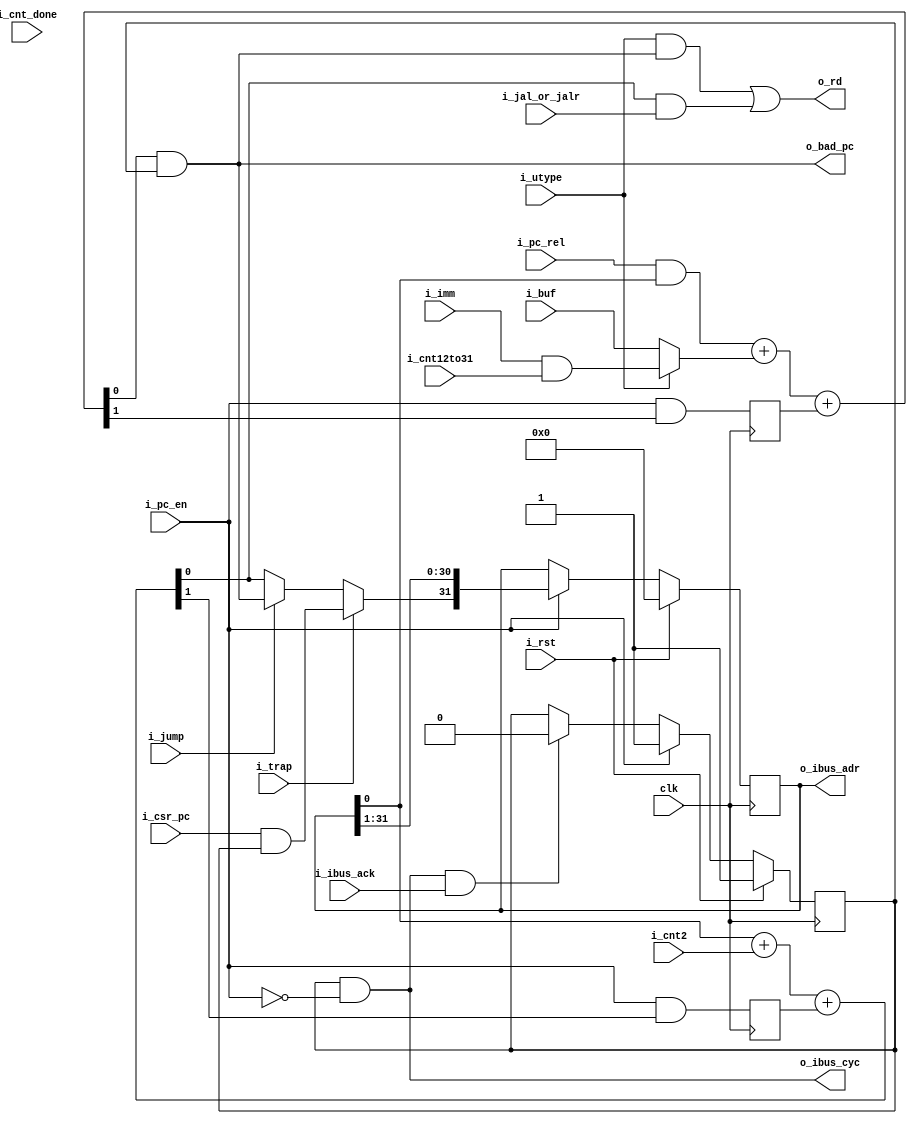
`default_nettype none
module serv_ctrl
  (
   input wire 	      clk,
   input wire 	      i_rst,
   //State
   input wire 	      i_pc_en,
   input wire 	      i_cnt12to31,
   input wire 	      i_cnt2,
   input wire 	      i_cnt_done,
   //Control
   input wire 	      i_jump,
   input wire 	      i_jal_or_jalr,
   input wire 	      i_utype,
   input wire 	      i_pc_rel,
   input wire 	      i_trap,
   //Data
   input wire 	      i_imm,
   input wire 	      i_buf,
   input wire 	      i_csr_pc,
   output wire 	      o_rd,
   output wire 	      o_bad_pc,
   //External
   output reg [31:0] o_ibus_adr,
   output wire 	      o_ibus_cyc,
   input wire 	      i_ibus_ack);

   parameter RESET_PC = 32'd0;
   parameter WITH_CSR = 1;

   reg 	      en_pc_r;

   wire       pc_plus_4;
   wire       pc_plus_4_cy;
   reg 	      pc_plus_4_cy_r;
   wire       pc_plus_offset;
   wire       pc_plus_offset_cy;
   reg 	      pc_plus_offset_cy_r;
   wire       pc_plus_offset_aligned;
   wire       plus_4;

   wire       pc = o_ibus_adr[0];

   wire       new_pc;

   wire       offset_a;
   wire       offset_b;

   assign plus_4        = i_cnt2;

   assign o_bad_pc = pc_plus_offset_aligned;

   assign {pc_plus_4_cy,pc_plus_4} = pc+plus_4+pc_plus_4_cy_r;

   generate
      if (WITH_CSR)
	assign new_pc = i_trap ? (i_csr_pc & en_pc_r) : i_jump ? pc_plus_offset_aligned : pc_plus_4;
      else
	assign new_pc = i_jump ? pc_plus_offset_aligned : pc_plus_4;
   endgenerate
   assign o_rd  = (i_utype & pc_plus_offset_aligned) | (pc_plus_4 & i_jal_or_jalr);

   assign offset_a = i_pc_rel & pc;
   assign offset_b = i_utype ? (i_imm & i_cnt12to31): i_buf;
   assign {pc_plus_offset_cy,pc_plus_offset} = offset_a+offset_b+pc_plus_offset_cy_r;

   assign pc_plus_offset_aligned = pc_plus_offset & en_pc_r;

   assign o_ibus_cyc = en_pc_r & !i_pc_en;

   always @(posedge clk) begin
      pc_plus_4_cy_r <= i_pc_en & pc_plus_4_cy;
      pc_plus_offset_cy_r <= i_pc_en & pc_plus_offset_cy;

      if (i_pc_en) begin
	 en_pc_r <= 1'b1;
	 o_ibus_adr <= {new_pc, o_ibus_adr[31:1]};
      end else if (o_ibus_cyc & i_ibus_ack)
        en_pc_r <= 1'b0;

      if (i_rst) begin
	 en_pc_r <= 1'b1;
	 o_ibus_adr <= RESET_PC;
      end
   end

endmodule